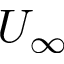
U _ { \infty }